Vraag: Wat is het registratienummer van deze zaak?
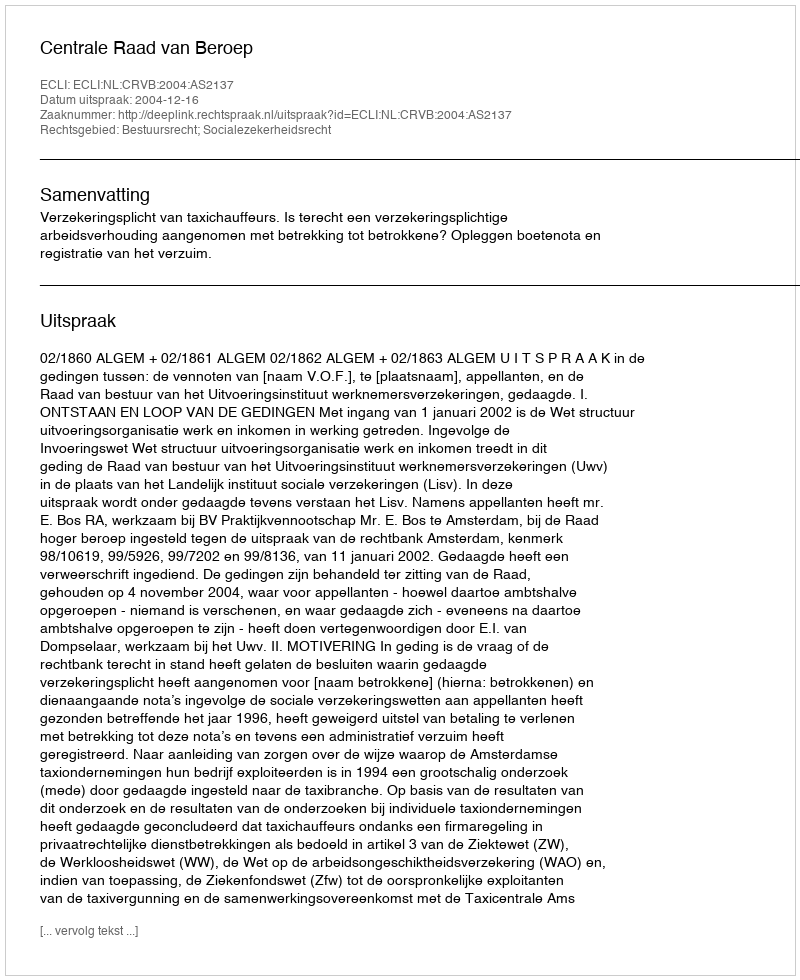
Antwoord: http://deeplink.rechtspraak.nl/uitspraak?id=ECLI:NL:CRVB:2004:AS2137